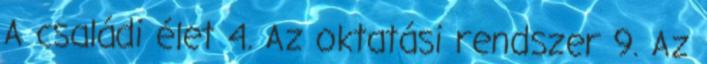
A családi élet 4. Az oktatási rendszer 9. Az